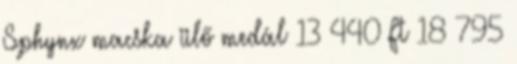
Sphynx macska ülő medál 13 440 Ft 18 795